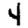
Digit: 4